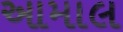
આમાલ